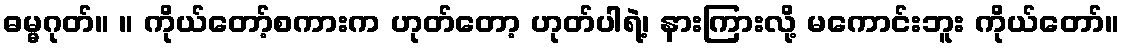
ဓမ္မဂုတ်။ ။ ကိုယ်တော့်စကားက ဟုတ်တော့ ဟုတ်ပါရဲ့၊ နားကြားလို့ မကောင်းဘူး ကိုယ်တော်။